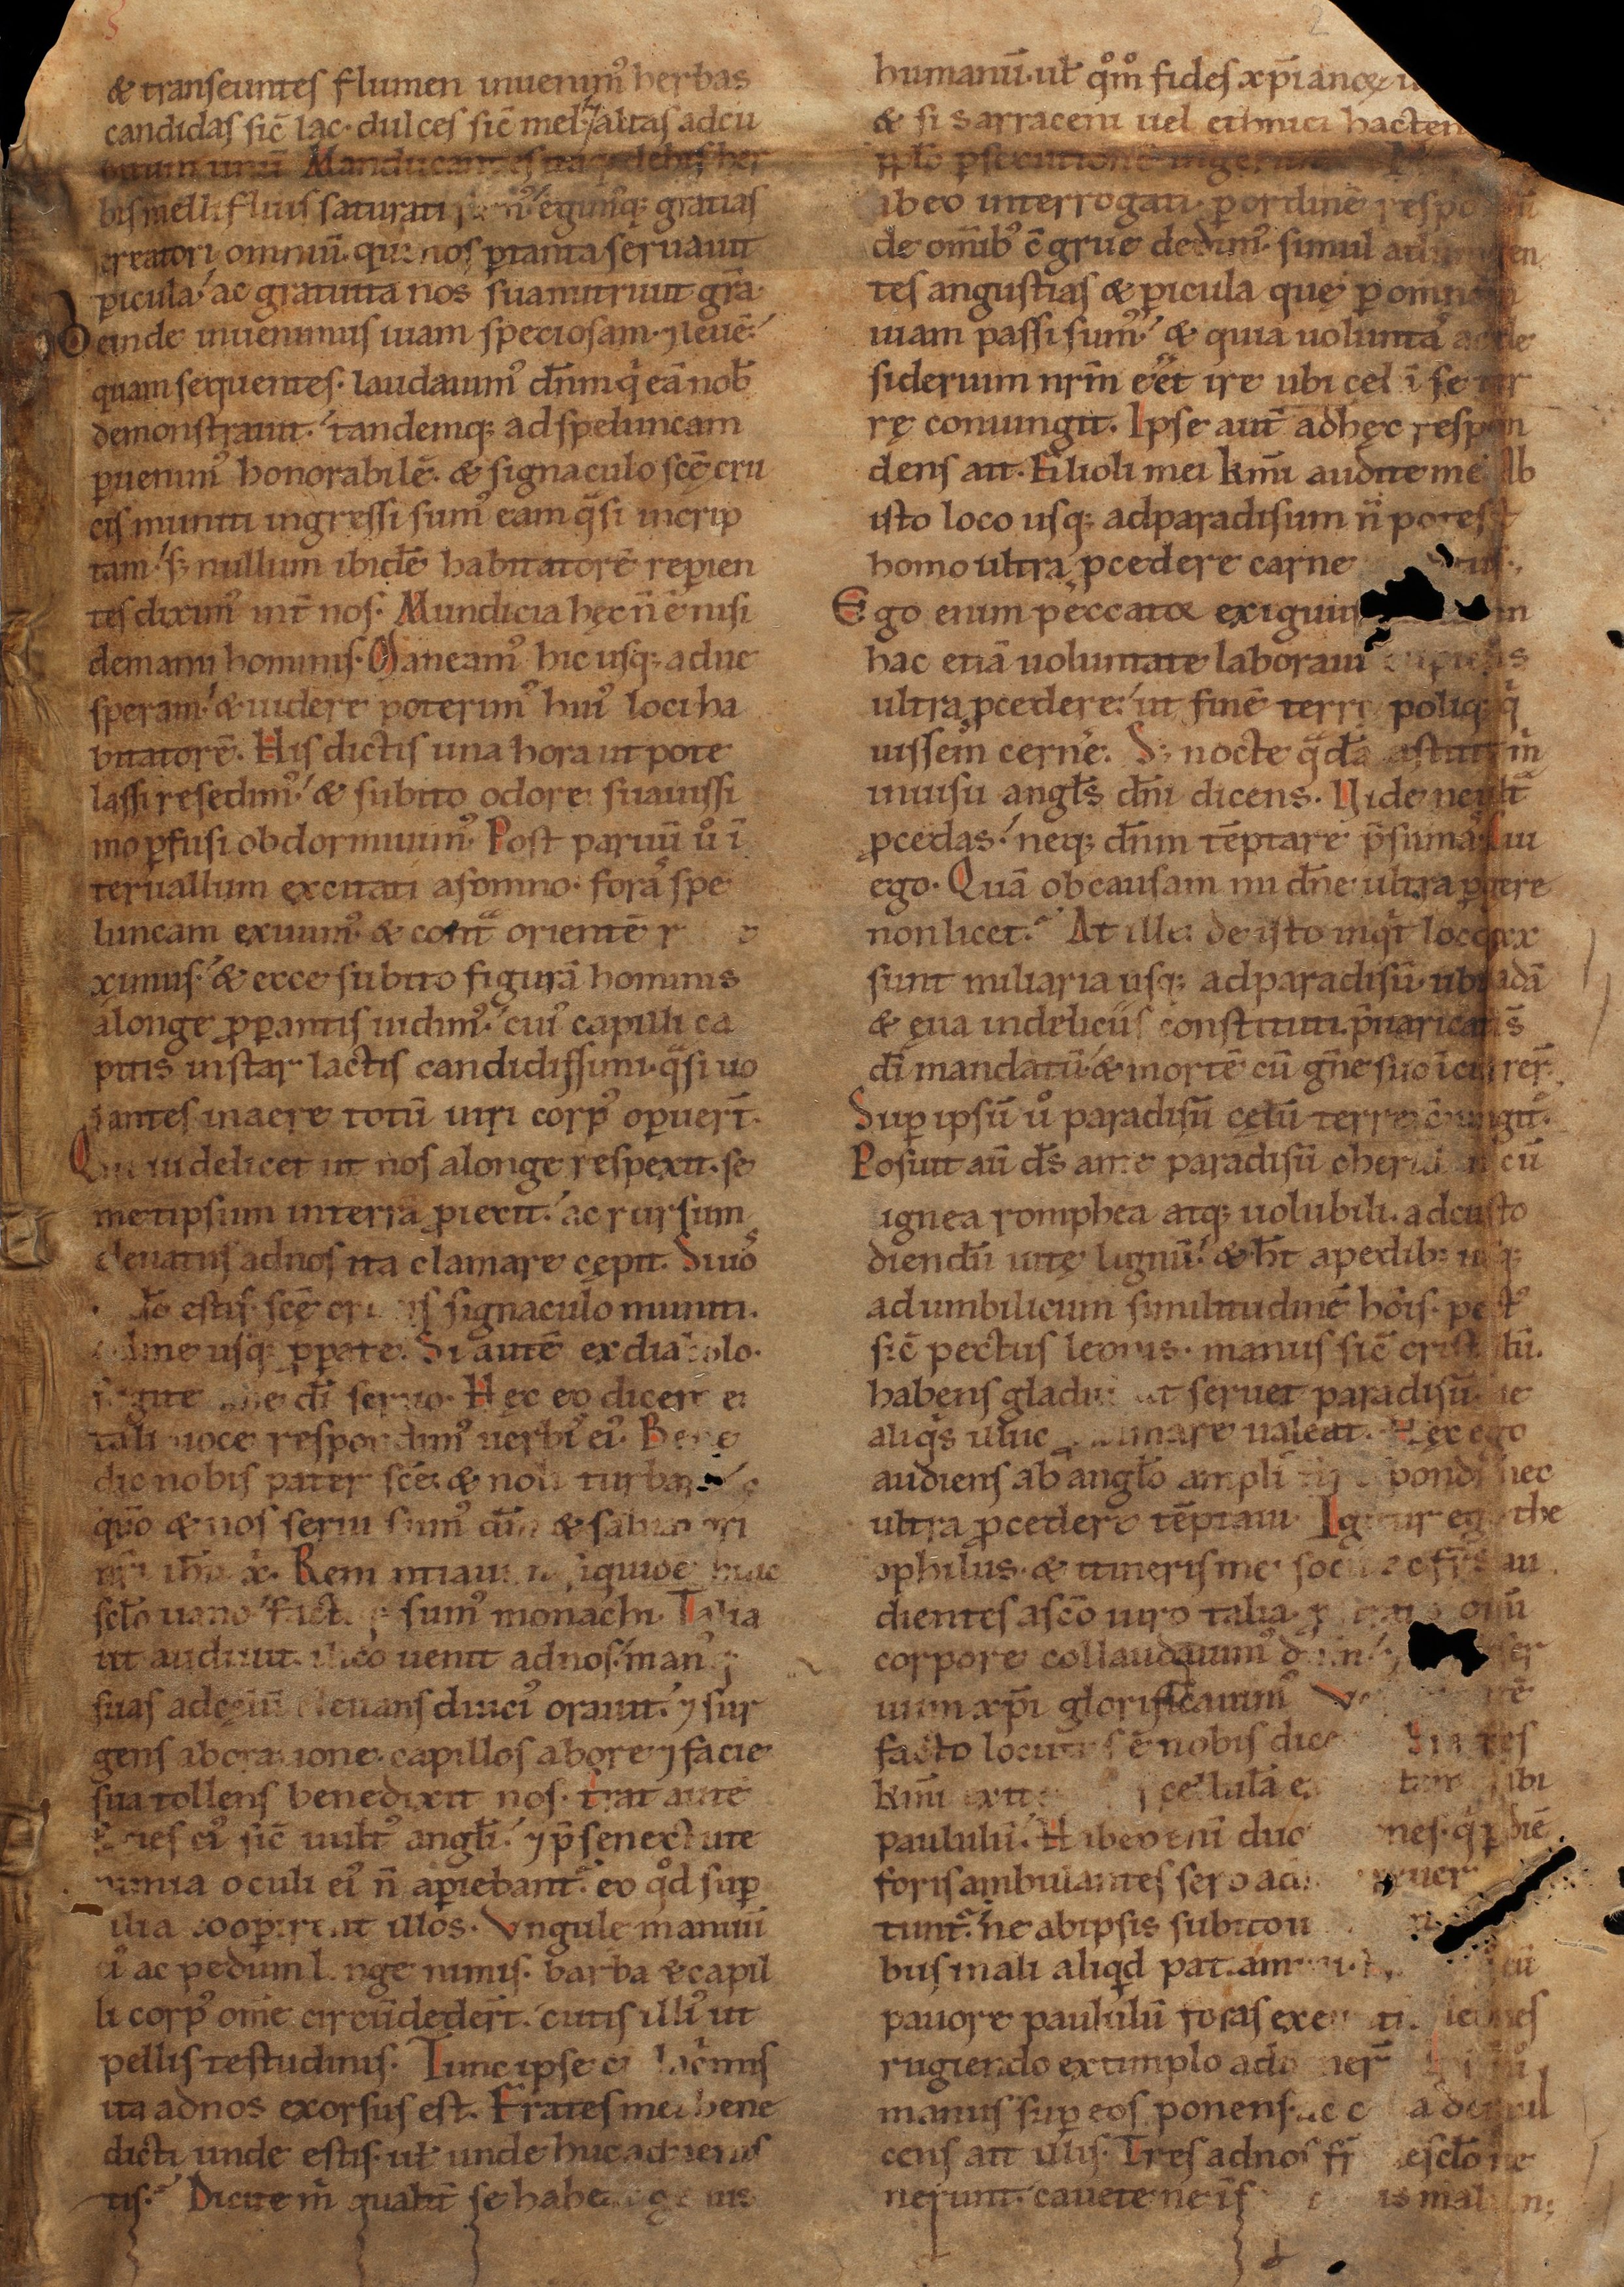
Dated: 1140–1170